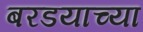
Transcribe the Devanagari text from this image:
बरडयाच्या